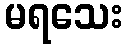
မရသေး